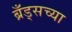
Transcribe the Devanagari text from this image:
ब्रँड्सच्या